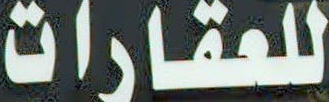
للعقارات